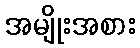
အမျိုးအစား